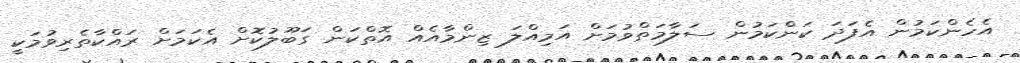
އެހެންކަމުން އެފަދަ ކަންކަމުން ސަލާމަތްވުމަށް އަމިއްލަ ޒިންމާއެއް އޮތްކަން ގަބޫލުކޮށް އެކަމަށް ރައްކާތެރިވުމަކީ